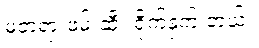
မတရားဖမ်းဆီး ရိုက်နှက် တယ်။